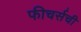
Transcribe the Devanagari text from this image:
फीचर्सची